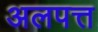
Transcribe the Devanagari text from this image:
अलपत्त